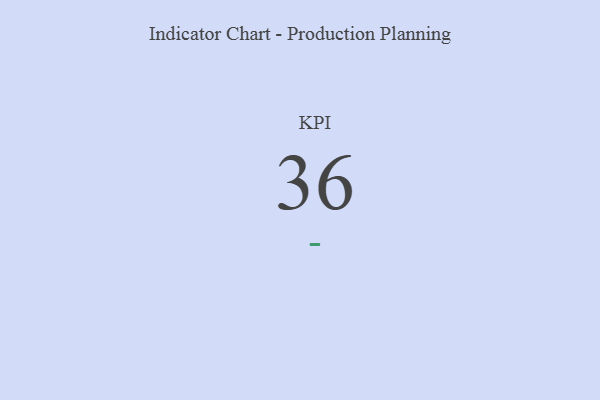
{"axis": {"x": "KPI", "y": "Value"}, "legend": [""], "data": [{"x": "KPI", "y": 36, "type": ""}]}